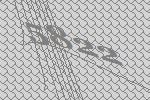
5822